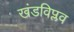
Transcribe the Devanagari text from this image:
खंडविप्लव